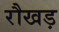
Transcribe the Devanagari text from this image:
रौखड़